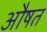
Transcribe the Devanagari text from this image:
औषत